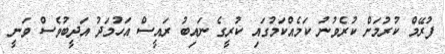
ފުރޭމް ކުރުމަށް ކުރެވުނު ކަމެއްކަމުގައި ކުރީގެ ނައިބު ރައީސް އަހުމަދު އަދީބުވެސް ވަނީ